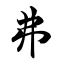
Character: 弗